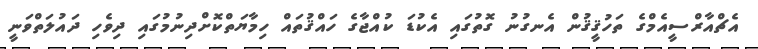
އެޗްއާރްސީއެމްގެ ތަހުޤީޤުން އެނގުނު ގޮތުގައި އެކުޑަ ކުއްޖާގެ ހައްޤުތައް ހިމާޔަތްކޮށްދިނުމުގައި ދިވެހި ދައުލަތްވަނީ